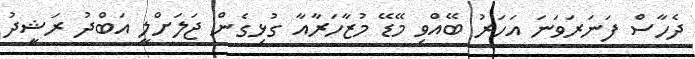
ދެހާސް ފަނަރަވަނަ އަހަރު ބޭއްވި މޭޑޭ މުޒާހަރާއާ ގުޅިގެން ޖަލަށްލީ އަބްދު ރަޝީދު